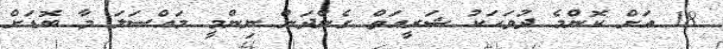
18 އަށް ކޮންމެ ދުވަހަކު ޝަރީއަތް ގެންދަން ނިންމީ މައްސަލަ މާ ބޮޑަށް